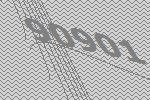
90901